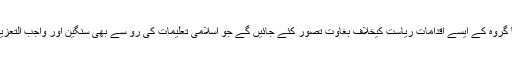
کسی فرد یا گروہ کے ایسے اقدامات ریاست کیخلاف بغاوت تصور کئے جائیں گے جو اسلامی تعلیمات کی رو سے بھی سنگین اور واجب التعزیر جرم ہے۔